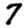
Digit: 7